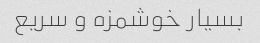
بسیار خوشمزه و سریع